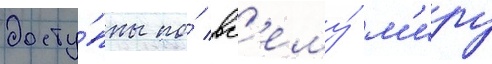
досту́пны по́ вс'ему́ м'иру